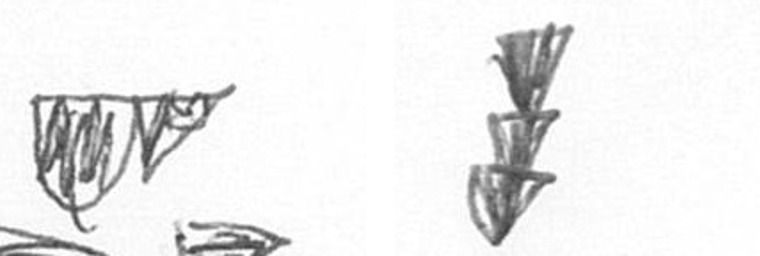
B E